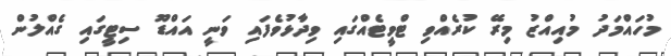
މުހައްމަދު މުއިއްޒު މިރޭ ކުރެއްވި ޓްވީޓެއްގައި ވިދާޅުވެފައި ވަނީ އައްޑޫ ސިޓީގައި ގެއްލުން